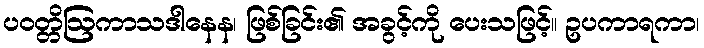
ပဝတ္တိဩကာသဒါနေန၊ ဖြစ်ခြင်း၏ အခွင့်ကို ပေးသဖြင့်။ ဥပကာရကာ၊